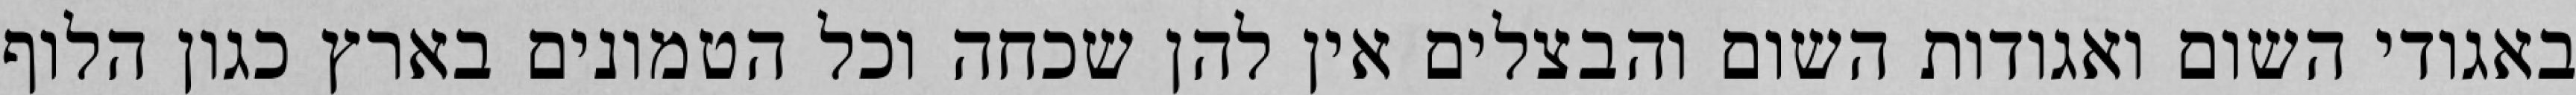
באגודי השום ואגודות השום והבצלים אין להן שכחה וכל הטמונים בארץ כגון הלוף